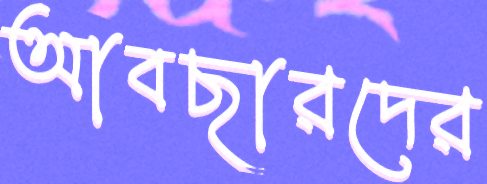
আবছারদের